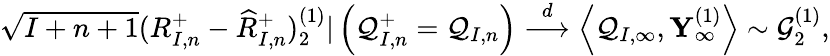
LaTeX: \begin{array}{r}{\sqrt{I+n+1}(R_{I,n}^{+}-\widehat{R}_{I,n}^{+})_{2}^{(1)}|\left(\mathcal{Q}_{I,n}^{+}=\mathcal{Q}_{I,n}\right)\overset{d}{\longrightarrow}\left\langle\mathcal{Q}_{I,\infty},\mathbf{Y}_{\infty}^{(1)}\right\rangle\sim\mathcal{G}_{2}^{(1)},}\end{array}